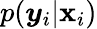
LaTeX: p(\boldsymbol{y}_{i}|\boldsymbol{\mathbf{x}}_{i})